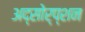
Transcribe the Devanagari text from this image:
अद्सोर्प्शन